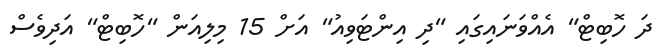
ދަ ހޮބިޓް" އެއްވަނައިގައި "ދި އިންޓަވިއު" އަށް 15 މިލިއަން "ހޮބިޓް" އަދިވެސް